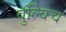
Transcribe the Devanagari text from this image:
वुल्विच